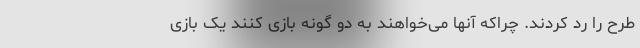
طرح را رد کردند. چراکه آنها می‌خواهند به دو گونه بازی کنند یک بازی